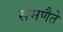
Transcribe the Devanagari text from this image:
समणैते